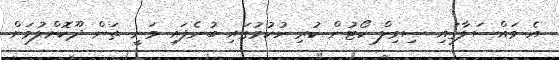
އެ މައްސަލާގައި ސިވިލް ކޯޓުން ކުރި ހުކުމުގައި ބުނެފައި ވަނީ ތަން ދޫކޮށްލުމަށް